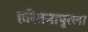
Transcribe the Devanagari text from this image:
हस्तिनापुरला